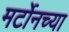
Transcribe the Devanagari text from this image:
मर्टोनच्या